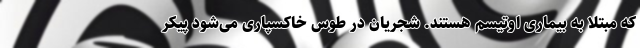
که مبتلا به بیماری اوتیسم هستند. شجریان در طوس خاکسپاری می‌شود پیکر